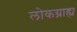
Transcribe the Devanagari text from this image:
लोकग्राह्य